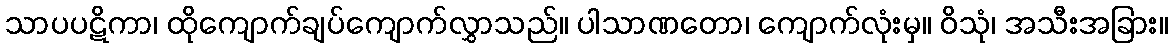
သာပပဋိကာ၊ ထိုကျောက်ချပ်ကျောက်လွှာသည်။ ပါသာဏတော၊ ကျောက်လုံးမှ။ ဝိသုံ၊ အသီးအခြား။